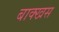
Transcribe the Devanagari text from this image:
बाक्खस